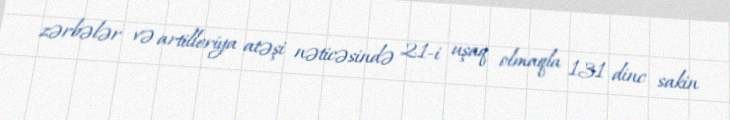
zərbələr və artilleriya atəşi nəticəsində 21-i uşaq olmaqla 131 dinc sakin